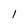
Character: l